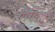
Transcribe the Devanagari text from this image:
टैपियो